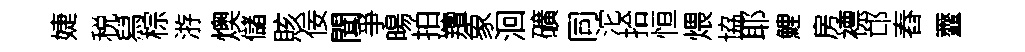
婕税舄棕㳺燠儲賅佞聞爭暘拍羶象洄礦同沱拾恒煨協耶鯉房褾邙舂虀